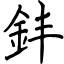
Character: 銇